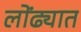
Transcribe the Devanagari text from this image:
लोंढ्यात